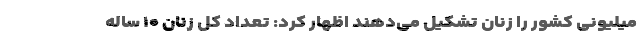
میلیونی کشور را زنان تشکیل می‌دهند اظهار کرد: تعداد کل زنان ۱۰ ساله